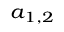
_ { a _ { 1 , 2 } }